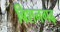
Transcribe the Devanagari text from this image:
बिशनगढ़